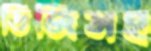
ডিজিসহ